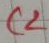
Text: C2